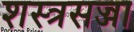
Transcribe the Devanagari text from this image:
शस्त्रसज्जा